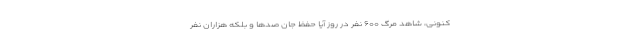
کنونی، شاهد مرگ ۶۰۰ نفر در روز آیا حفظ جان صدها و بلکه هزاران نفر